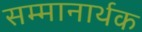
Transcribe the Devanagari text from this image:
सम्मानार्थक